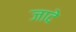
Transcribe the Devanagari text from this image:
जादे